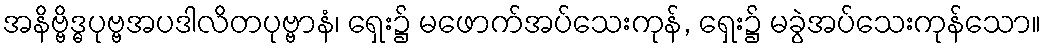
အနိဗ္ဗိဒ္ဓပုဗ္ဗအပဒါလိတပုဗ္ဗာနံ၊ ရှေး၌ မဖောက်အပ်သေးကုန်, ရှေး၌ မခွဲအပ်သေးကုန်သော။